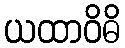
ယထာဝိဓိ